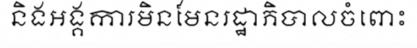
និងអង្គការមិនមែនរដ្ឋាភិបាលចំពោះ